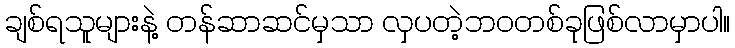
ချစ်ရသူများနဲ့ တန်ဆာဆင်မှသာ လှပတဲ့ဘဝတစ်ခုဖြစ်လာမှာပါ။